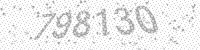
Solution: 798130